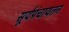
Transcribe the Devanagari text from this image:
सूर्यपंचायतन